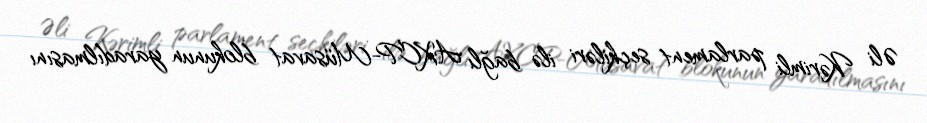
Əli Kərimli parlament seçkiləri ilə bağlı AXCP-Müsavat blokunun yaradılmasını